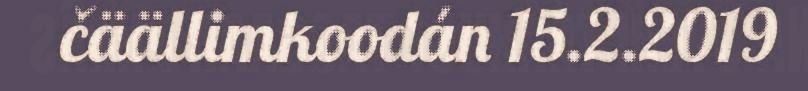
čäällimkoodán 15.2.2019